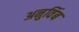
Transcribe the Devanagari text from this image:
अनुविंब